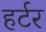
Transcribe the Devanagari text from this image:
हर्टर